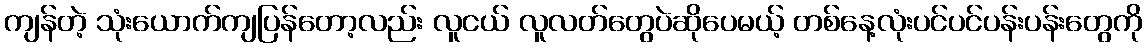
ကျန်တဲ့ သုံးယောက်ကျပြန်တော့လည်း လူငယ် လူလတ်တွေပဲဆိုပေမယ့် တစ်နေ့လုံးပင်ပင်ပန်းပန်းတွေကို